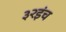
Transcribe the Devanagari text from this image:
३२इंच